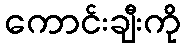
ကောင်းချီးကို